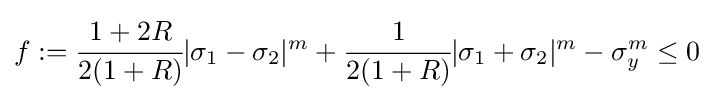
f:={\cfrac {1+2R}{2(1+R)}}|\sigma _{1}-\sigma _{2}|^{m}+{\cfrac {1}{2(1+R)}}|\sigma _{1}+\sigma _{2}|^{m}-\sigma _{y}^{m}\leq 0